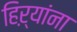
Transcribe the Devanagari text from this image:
हिऱ्यांना